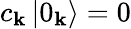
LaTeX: c_{\mathbf{k}}\left|0_{\mathbf{k}}\right\rangle=0